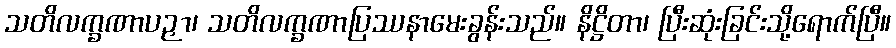
သတိလက္ခဏာပဉှာ၊ သတိလက္ခဏာပြဿနာမေးခွန်းသည်။ နိဋ္ဌိတာ၊ ပြီးဆုံးခြင်းသို့ရောက်ပြီ။